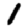
Digit: 1